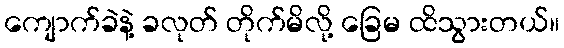
ကျောက်ခဲနဲ့ ခလုတ် တိုက်မိလို့ ခြေမ ထိသွားတယ်။